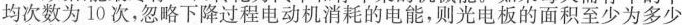
均次数为10次，忽略下降过程电动机消耗的电能，则光电板的面积至少为多少